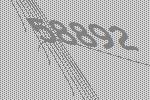
58892